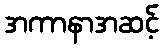
အကာနာအဆင့်